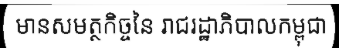
មានសមត្ថកិច្ចនៃ រាជរដ្ឋាភិបាលកម្ពុជា